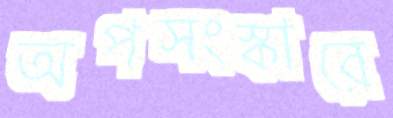
অপসংস্কারে